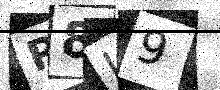
Text: P8L9